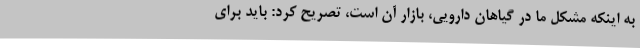
به اینکه مشکل ما در گیاهان دارویی، بازار آن است، تصریح کرد: باید برای